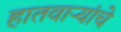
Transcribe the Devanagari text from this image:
हातवार्‍यांचे